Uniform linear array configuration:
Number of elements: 4
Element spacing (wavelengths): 0.75
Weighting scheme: exponential
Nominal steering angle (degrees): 30
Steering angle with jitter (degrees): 31.022
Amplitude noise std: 0.05
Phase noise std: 0.05

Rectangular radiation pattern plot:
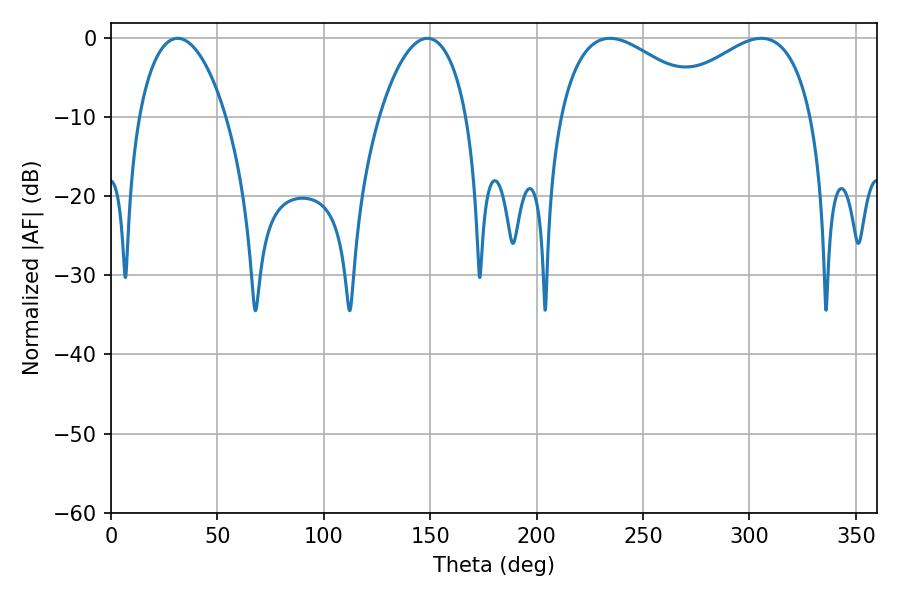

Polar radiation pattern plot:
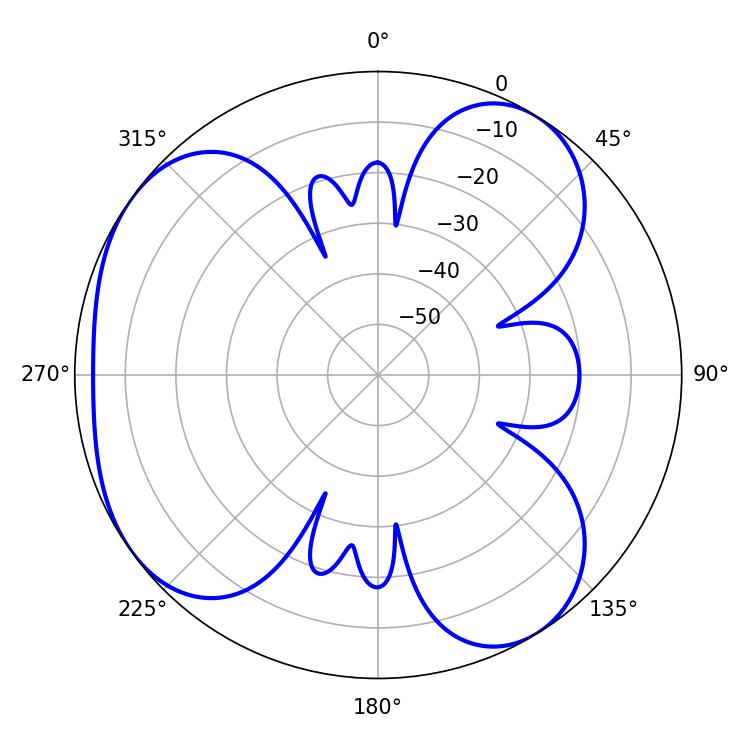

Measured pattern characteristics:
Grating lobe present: TRUE
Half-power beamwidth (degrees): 23.04
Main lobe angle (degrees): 31.32